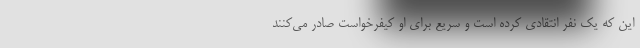
این که یک نفر انتقادی کرده است و سریع برای او کیفرخواست صادر می‌کنند